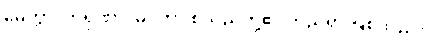
မေတ္တာ၊ ကရုဏာ၊ မုဒိတာ စသည်တို့၏ တည်ရာ ဖြစ်သည်။